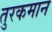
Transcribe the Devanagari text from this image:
तुरकमान